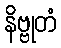
နိဗ္ဗုတံ